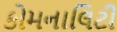
કોમનાલિટી